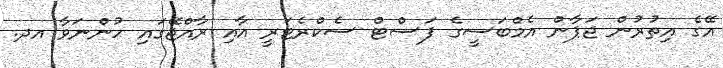
އޭގެ އިތުރުން ޖަޕާން އެމްބަސީގެ ފަސްޓް ސެކްރެޓަރީ އާއި ރާއްޖޭގައި ހުންނަވާ އދ.